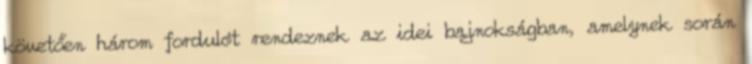
követően három fordulót rendeznek az idei bajnokságban, amelynek során